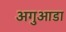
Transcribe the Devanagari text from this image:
अगुआडा